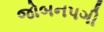
જોબનપગી